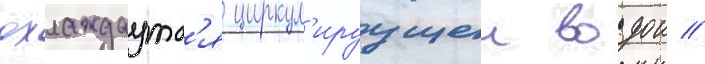
охлаждаутс'я циркул'ируущеи водои //